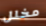
مخلل